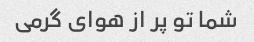
شما تو پر از هوای گرمی